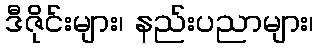
ဒီဇိုင်းများ၊ နည်းပညာများ၊